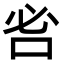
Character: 𠰣